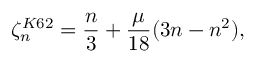
\zeta _ { n } ^ { K 6 2 } = \frac { n } { 3 } + \frac { \mu } { 1 8 } ( 3 n - n ^ { 2 } ) ,